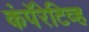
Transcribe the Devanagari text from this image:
कंपॅरेटिव्ह